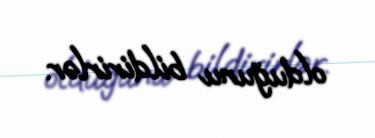
olduğunu bildirirlər.